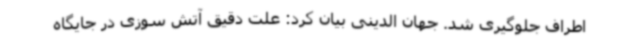
اطراف جلوگیری شد. جهان الدینی بیان کرد: علت دقیق آتش سوزی در جایگاه